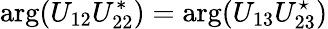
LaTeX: \arg(U_{12}U_{22}^{*})=\arg(U_{13}U_{23}^{\star})